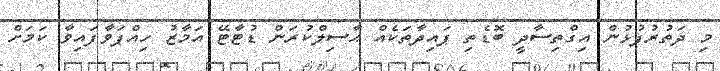
މި ދަތުރުފުޅުން އިގްތިސާދީ ބޮޑެތި ފައިދާތަކެއް ޙާސިލްކުރަން ޑުޓާޓޭ އަމާޒު ހިއްޕަވާފައިވާ ކަމަށް